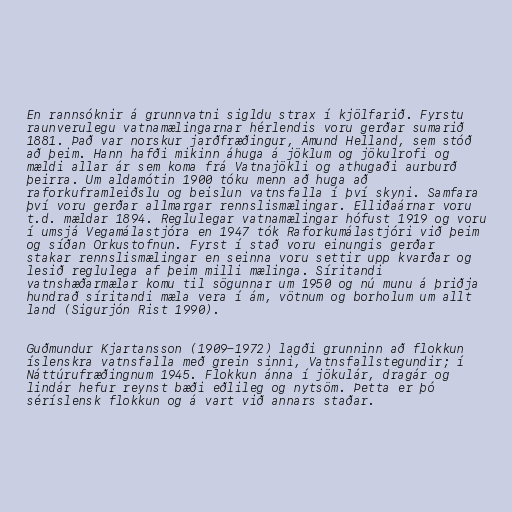
En rannsóknir á grunnvatni sigldu strax í kjölfarið. Fyrstu
raunverulegu vatnamælingarnar hérlendis voru gerðar sumarið
1881. Það var norskur jarðfræðingur, Amund Helland, sem stóð
að þeim. Hann hafði mikinn áhuga á jöklum og jökulrofi og
mældi allar ár sem koma frá Vatnajökli og athugaði aurburð
þeirra. Um aldamótin 1900 tóku menn að huga að
raforkuframleiðslu og beislun vatnsfalla í því skyni. Samfara
því voru gerðar allmargar rennslismælingar. Elliðaárnar voru
t.d. mældar 1894. Reglulegar vatnamælingar hófust 1919 og voru
í umsjá Vegamálastjóra en 1947 tók Raforkumálastjóri við þeim
og síðan Orkustofnun. Fyrst í stað voru einungis gerðar
stakar rennslismælingar en seinna voru settir upp kvarðar og
lesið reglulega af þeim milli mælinga. Síritandi
vatnshæðarmælar komu til sögunnar um 1950 og nú munu á þriðja
hundrað síritandi mæla vera í ám, vötnum og borholum um allt
land (Sigurjón Rist 1990).

Guðmundur Kjartansson (1909-1972) lagði grunninn að flokkun
íslenskra vatnsfalla með grein sinni, Vatnsfallstegundir; í
Náttúrufræðingnum 1945. Flokkun ánna í jökulár, dragár og
lindár hefur reynst bæði eðlileg og nytsöm. Þetta er þó
séríslensk flokkun og á vart við annars staðar.